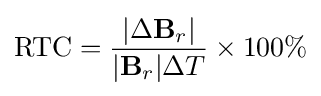
{\text{RTC}}={\frac {|\Delta \mathbf {B} _{r}|}{|\mathbf {B} _{r}|\Delta T}}\times 100\%